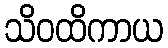
သိဝထိကာယ